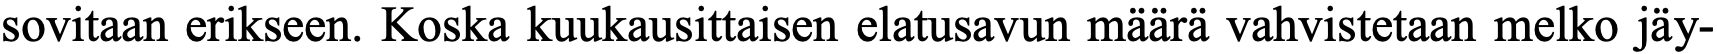
sovitaan erikseen. Koska kuukausittaisen elatusavun määrä vahvistetaan melko jäy-